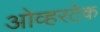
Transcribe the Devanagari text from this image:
ओव्हरटेक